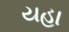
યહા